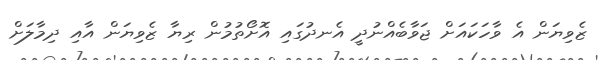
ޒެވިޔަން އެ ވާހަކައަށް ޖަވާބެއްނުދީ އެނދުގައި އޮށޯތުމުން ރިޔާ ޒެވިޔަން އާއި ދިމާލަށް